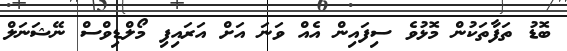
ބޮޑު ތަފާތަކުން މޮޅުވެ ސިފައިން އެއް ވަނަ އަށް އަރައިފި މޯލްޑިވްސް ނޭޝަނަލް